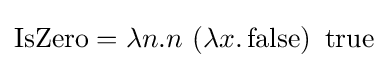
\operatorname {IsZero} =\lambda n.n\ (\lambda x.\operatorname {false} )\ \operatorname {true}